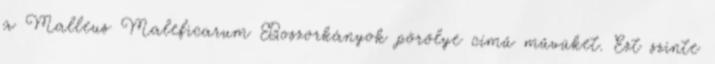
a Malleus Maleficarum Boszorkányok pörölye című művüket. Ezt szinte